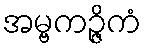
အမ္ဗကဉ္ဇိကံ